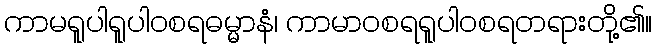
ကာမရူပါရူပါဝစရဓမ္မာနံ၊ ကာမာဝစရရူပါဝစရတရားတို့၏။